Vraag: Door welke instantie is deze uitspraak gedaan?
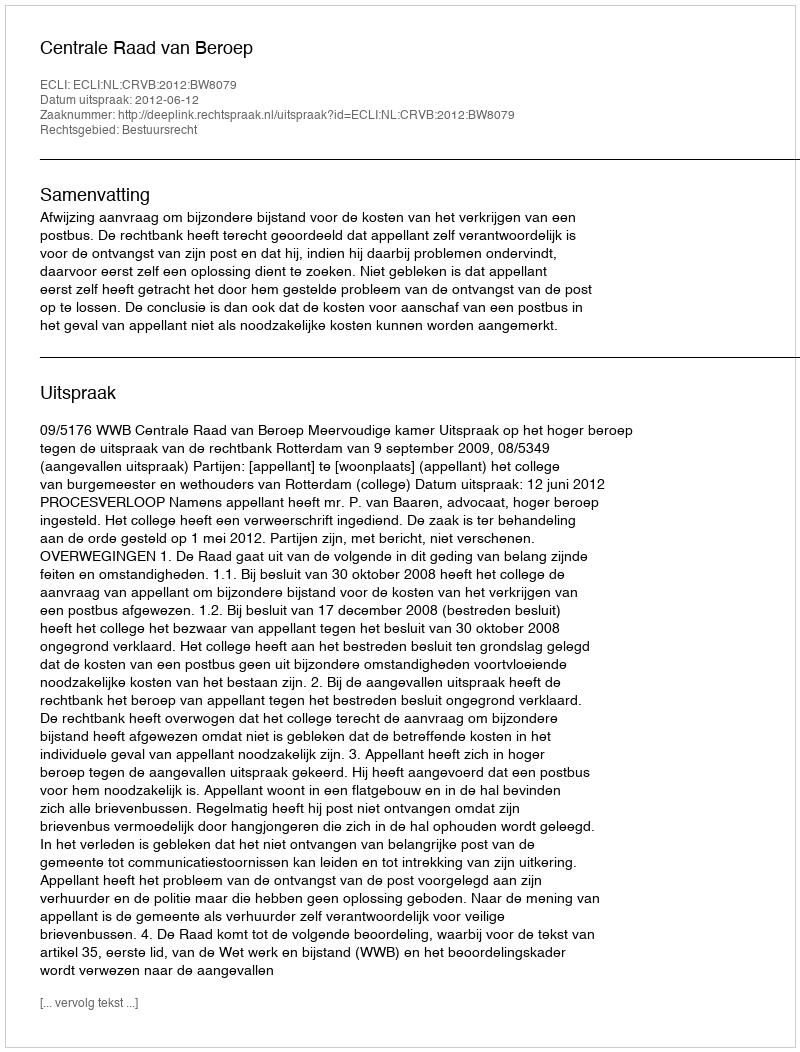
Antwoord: Centrale Raad van Beroep